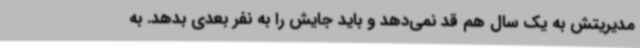
مدیریتش به یک سال هم قد نمی‌دهد و باید جایش را به نفر بعدی بدهد. به